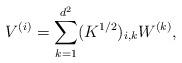
LaTeX: \begin{align*}V^{(i)} = \sum_{k=1}^{d^2} (K^{1/2})_{i,k} W^{(k)},\end{align*}